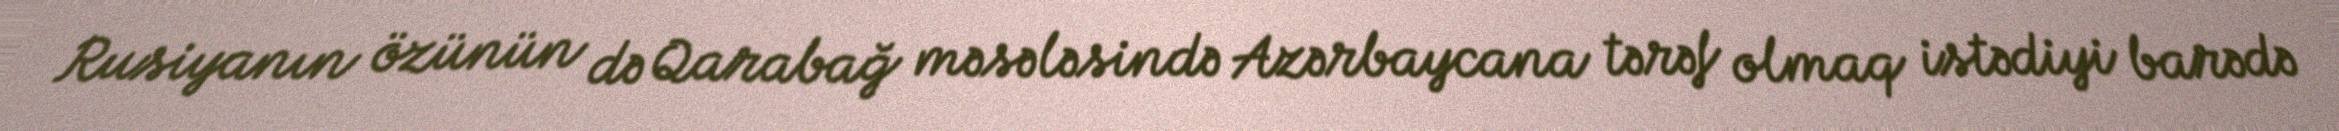
Rusiyanın özünün də Qarabağ məsələsində Azərbaycana tərəf olmaq istədiyi barədə